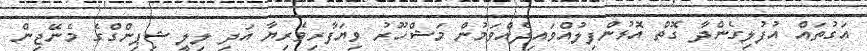
އަގުތައް އުފުލިގެންދާ ގޮތް އޮޅުންފިލުއްވައިދެއްވަމުން މަޝްހޫރު ވިޔަފާރިވެރިޔާ އަދި ލިލީ ޝިޕިންގްގެ މެނޭޖިން